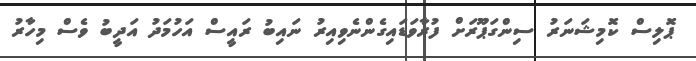
ޕޮލިސް ކޮމިޝަނަރު ސިންގަޕޫރަށް ފުރާވަޑައިގެންނެވިއިރު ނައިބު ރައީސް އަހުމަދު އަދީބު ވެސް މިހާރު